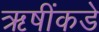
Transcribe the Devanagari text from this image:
ऋषींकडे